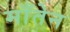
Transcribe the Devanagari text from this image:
माँतेन